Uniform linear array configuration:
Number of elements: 4
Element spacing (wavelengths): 0.25
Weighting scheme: kaiser
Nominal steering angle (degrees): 30
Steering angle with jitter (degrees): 28.765
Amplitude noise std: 0.05
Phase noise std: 0.05

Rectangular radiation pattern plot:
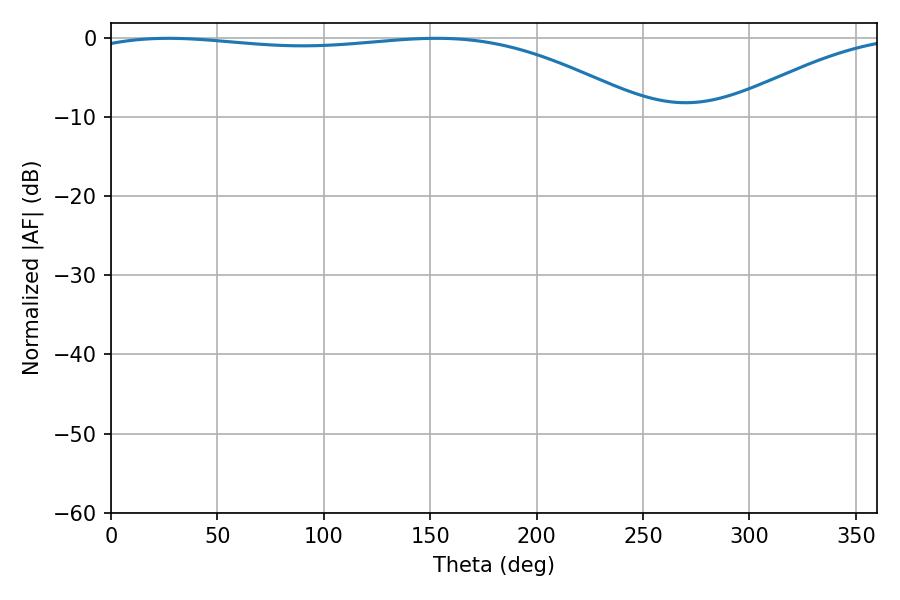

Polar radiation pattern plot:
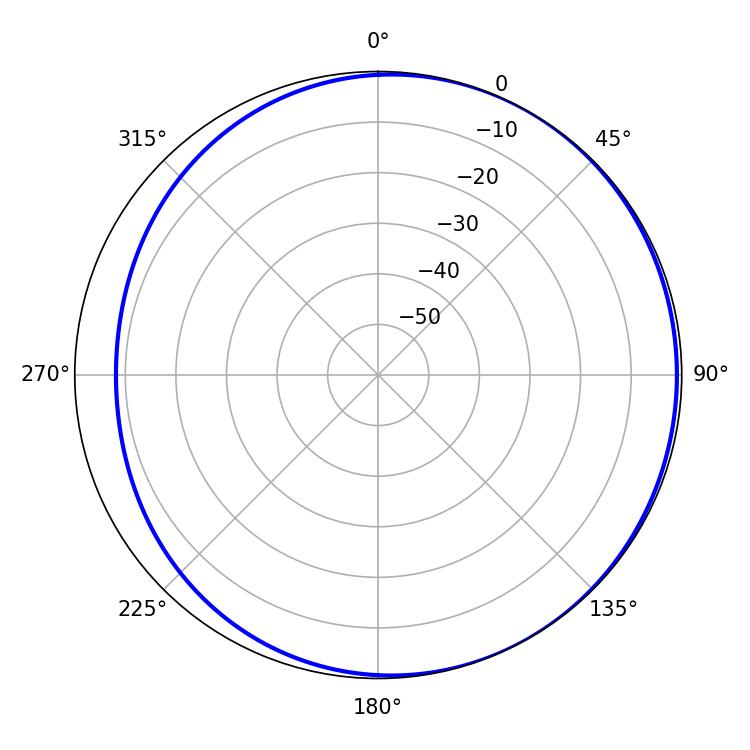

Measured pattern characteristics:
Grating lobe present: FALSE
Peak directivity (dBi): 2.24
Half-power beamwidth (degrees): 209.7
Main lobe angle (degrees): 27